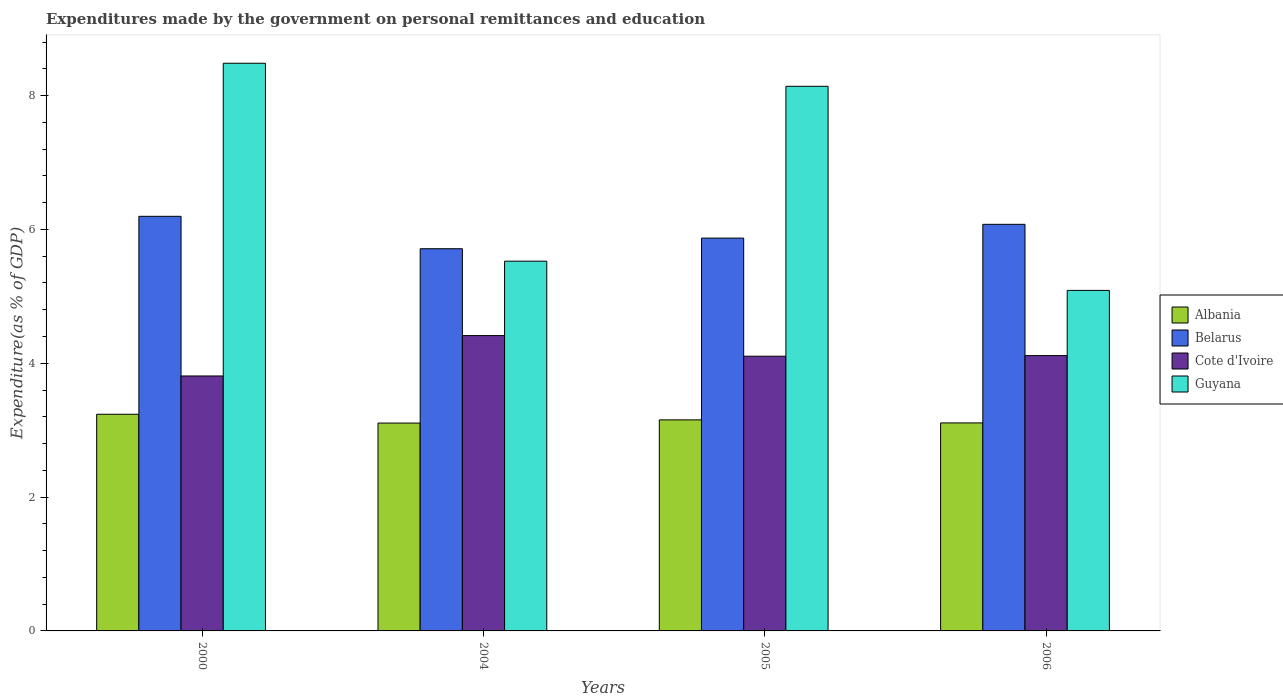
| Years | Albania | Belarus | Cote d'Ivoire | Guyana |
 | --- | --- | --- | --- | --- |
 | 2000 | 3.24 | 6.2 | 3.81 | 8.48 |
 | 2004 | 3.11 | 5.71 | 4.41 | 5.53 |
 | 2005 | 3.15 | 5.87 | 4.11 | 8.14 |
 | 2006 | 3.11 | 6.08 | 4.11 | 5.09 |